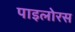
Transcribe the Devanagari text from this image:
पाइलोरस